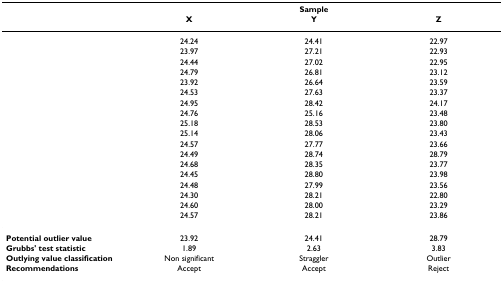
<table><thead><tr><td></td><td colspan="3"><b>Sample</b></td></tr><tr><td></td><td><b>X</b></td><td><b>Y</b></td><td><b>Z</b></td></tr></thead><tbody><tr><td></td><td>24.24</td><td>24.41</td><td>22.97</td></tr><tr><td></td><td>23.97</td><td>27.21</td><td>22.93</td></tr><tr><td></td><td>24.44</td><td>27.02</td><td>22.95</td></tr><tr><td></td><td>24.79</td><td>26.81</td><td>23.12</td></tr><tr><td></td><td>23.92</td><td>26.64</td><td>23.59</td></tr><tr><td></td><td>24.53</td><td>27.63</td><td>23.37</td></tr><tr><td></td><td>24.95</td><td>28.42</td><td>24.17</td></tr><tr><td></td><td>24.76</td><td>25.16</td><td>23.48</td></tr><tr><td></td><td>25.18</td><td>28.53</td><td>23.80</td></tr><tr><td></td><td>25.14</td><td>28.06</td><td>23.43</td></tr><tr><td></td><td>24.57</td><td>27.77</td><td>23.66</td></tr><tr><td></td><td>24.49</td><td>28.74</td><td>28.79</td></tr><tr><td></td><td>24.68</td><td>28.35</td><td>23.77</td></tr><tr><td></td><td>24.45</td><td>28.80</td><td>23.98</td></tr><tr><td></td><td>24.48</td><td>27.99</td><td>23.56</td></tr><tr><td></td><td>24.30</td><td>28.21</td><td>22.80</td></tr><tr><td></td><td>24.60</td><td>28.00</td><td>23.29</td></tr><tr><td></td><td>24.57</td><td>28.21</td><td>23.86</td></tr><tr><td><b>Potential outlier value</b></td><td>23.92</td><td>24.41</td><td>28.79</td></tr><tr><td><b>Grubbs&#x27; test statistic</b></td><td>1.89</td><td>2.63</td><td>3.83</td></tr><tr><td><b>Outlying value classification</b></td><td>Non significant</td><td>Straggler</td><td>Outlier</td></tr><tr><td><b>Recommendations</b></td><td>Accept</td><td>Accept</td><td>Reject</td></tr></tbody></table>